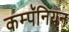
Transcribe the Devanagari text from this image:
कम्पॅनियन